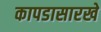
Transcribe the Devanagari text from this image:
कापडासारखे